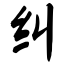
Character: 纠